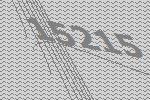
15215